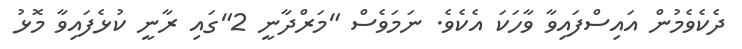
ދެކެވެމުން އައިސްފައިވާ ވާހަކަ އެކެވެ. ނަމަވެސް "މަރްދާނީ 2"ގައި ރާނީ ކުޅެފައިވާ މޮޅު